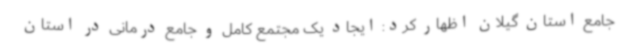
جامع استان گیلان اظهار کرد: ایجاد یک مجتمع کامل و جامع درمانی در استان